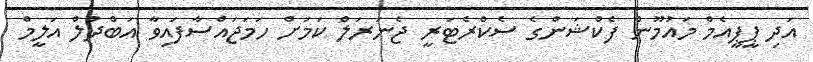
އަދި ޕީޕީއެމް މައުމޫން ފެކްޝަންގެ ސެކްރެޓަރީ ޖެނަރަލް ކަމަށް ހަމަޖައްސާފައިވާ އަބްދުލް އަލީމް